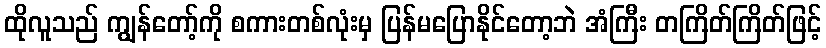
ထိုလူသည် ကျွန်တော့်ကို စကားတစ်လုံးမှ ပြန်မပြောနိုင်တော့ဘဲ အံကြီး တကြိတ်ကြိတ်ဖြင့်